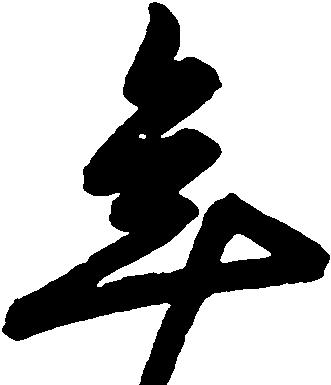
年